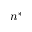
n ^ { * }